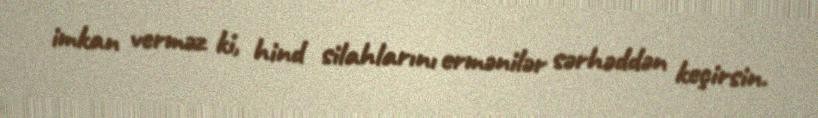
imkan verməz ki, hind silahlarını ermənilər sərhəddən keçirsin.